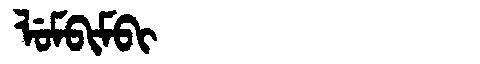
Manchu: ᠯᡠᠮᠪᡳᠮᠪᡳ
Romanization: LUMBIMBI